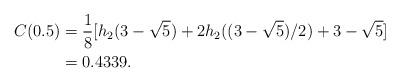
LaTeX: \begin{align*}C(0.5)&=\frac{1}{8}[h_2(3-\sqrt{5})+2h_2((3-\sqrt{5})/2)+3-\sqrt{5}]\\&=0.4339.\end{align*}